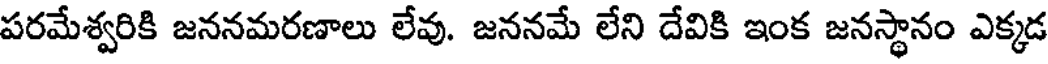
పరమేశ్వరికి జననమరణాలు లేవు. జననమే లేని దేవికి ఇంక జనస్థానం ఎక్కడ